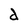
Character: d